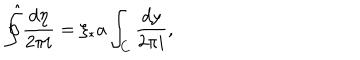
\hat { \oint } \frac { d \eta } { 2 \pi i } = \xi _ { * } a \int _ { C } \frac { d y } { 2 \pi i } ,